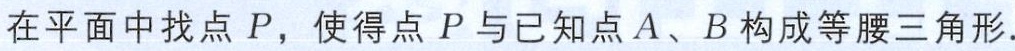
在平面中找点 \(P\)，使得点 \(P\) 与已知点 \(A\)、\(B\) 构成等腰三角形.